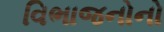
વિભાજનોનો